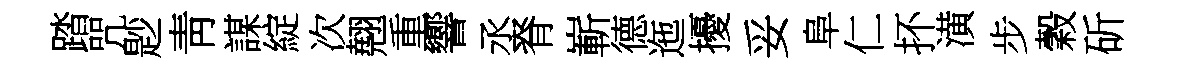
踏咒尟靑謀綻次翹重響丞脊嶄德迤擾妥阜仁抔潢步穀斫